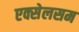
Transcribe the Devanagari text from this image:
एक्सेलसम